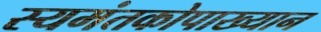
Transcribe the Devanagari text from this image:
स्यमंतकोपाख्यान